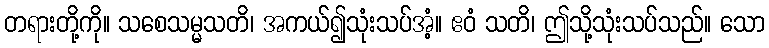
တရားတို့ကို။ သစေသမ္မသတိ၊ အကယ်၍သုံးသပ်အံ့။ ဧဝံ သတိ၊ ဤသို့သုံးသပ်သည်။ သော